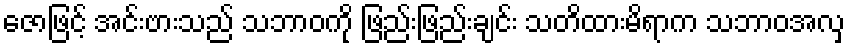
ဇောဖြင့် အင်းဗားသည် သဘာဝကို ဖြည်းဖြည်းချင်း သတိထားမိရာက သဘာဝအလှ